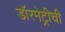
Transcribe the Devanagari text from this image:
डॉरमेट्रीची